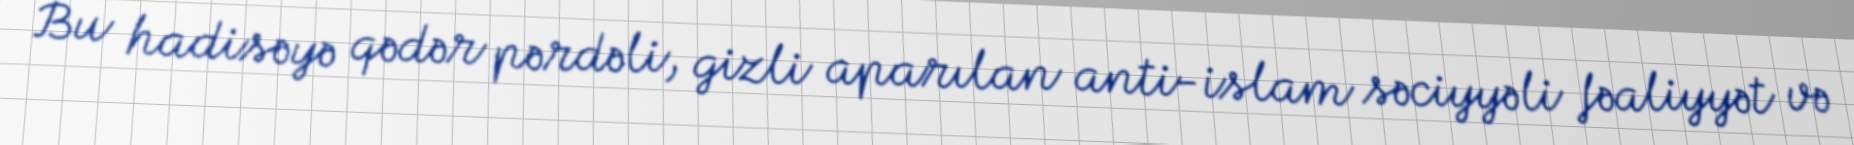
Bu hadisəyə qədər pərdəli, gizli aparılan anti-islam səciyyəli fəaliyyət və